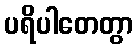
ပရိပါတေတွာ